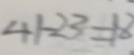
4 1 - 2 3 = 1 8